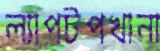
ল্যাপটপখানা